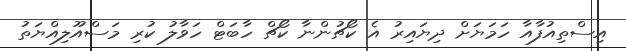
އިސްތިއުފާއާ ހަމަޔަށް ދިޔައިރު އެ ކޯޗުންނާ ކޯޗް ހާބަޓް ހަވާލު ކުރި މަސްއޫލިއްޔަތު